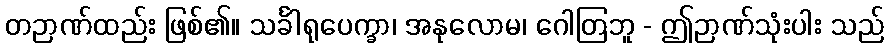
တဉာဏ်ထည်း ဖြစ်၏။ သင်္ခါရုပေက္ခာ၊ အနုလောမ၊ ဂေါတြဘူ - ဤဉာဏ်သုံးပါး သည်